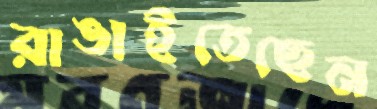
রাঙাইতেছেন